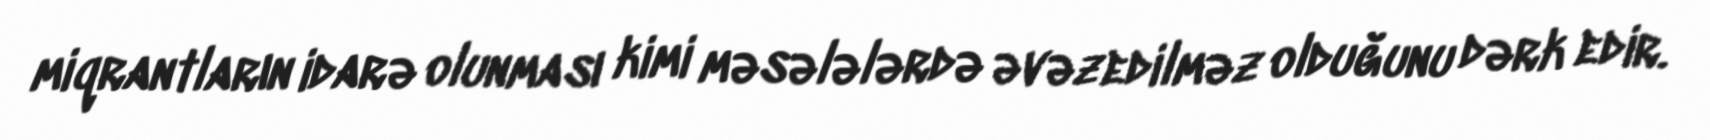
miqrantların idarə olunması kimi məsələlərdə əvəzedilməz olduğunu dərk edir.